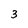
Character: 3